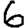
Digit: 6